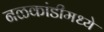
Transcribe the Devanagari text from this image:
नळकांडीमध्ये